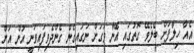
އެއާ ހިލާފަށް ބެލެވޭ ގޮތުގައި އޭނާ ވަގަށް ނަގައިގެން ގެންދެވިފައިވަނީ އުން އަށް